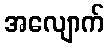
အလျောက်